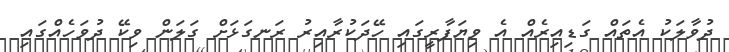
ދުވާލަކު އެތައް ގަޑިއިރެއް އެ ވިޔަފާރީގައި ހޭދަކުރާއިރު ރަނގަޅަށް ގަލަން ވިކޭ ދުވަހެއްގައި